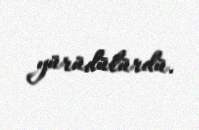
yürüdülürdü.